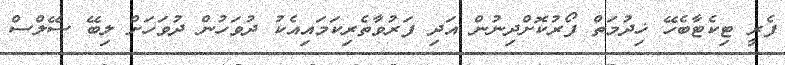
ފެރީ ޓިކެޓާބެހޭ ޚިދުމަތް ފޯރުކޮށްދިނުން އަދި ފަރުވާތެރިކަމައިއެކު ދުވަހުން ދުވަހަށް ލިބޭ ސޭލްސް